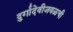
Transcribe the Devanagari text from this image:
दुर्गादेवीजवळची